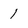
Character: 1